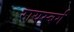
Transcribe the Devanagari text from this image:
रायम्बर्ग